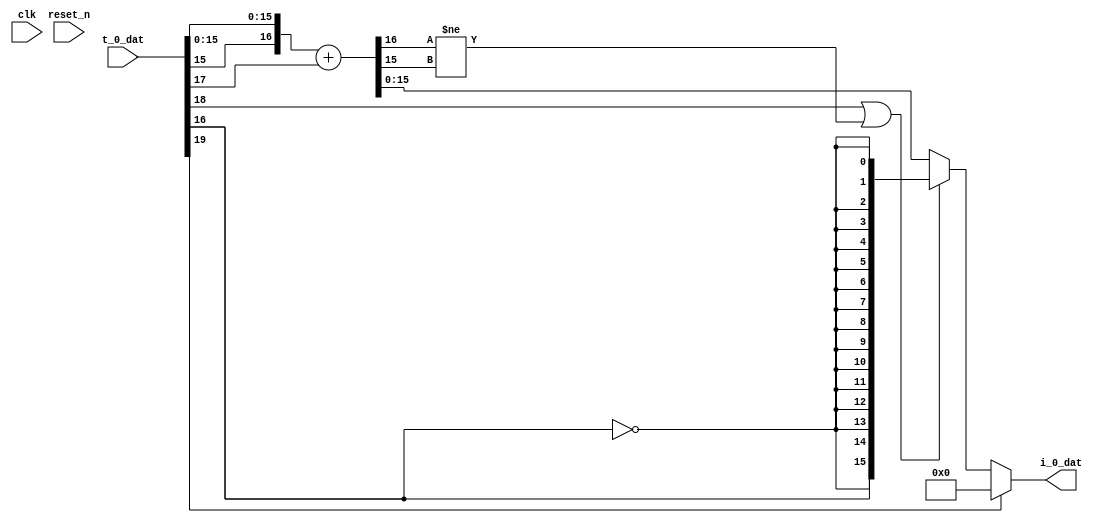

module round_sat_dat_1_1 #(
    parameter T_0_DAT_WIDTH = 20,
    parameter I_0_DAT_WIDTH = 16
) (
    input        [T_0_DAT_WIDTH - 1 : 0] t_0_dat,
    output reg [I_0_DAT_WIDTH - 1 : 0] i_0_dat,
    input clk, reset_n
);

// Data processing
wire    [15:0] shift_data;   // shifted data
wire           pre_sat;      // preliminary saturation detection
wire           round_flag;   // rounding detection
wire    [16:0] rounded_data; // rounded data


wire  t_0_dat_sign;
assign t_0_dat_sign = t_0_dat[T_0_DAT_WIDTH-4];

wire  negative_flag; // if the number is negative and the saturation is positive
assign negative_flag = t_0_dat[T_0_DAT_WIDTH-1];

assign shift_data = t_0_dat[T_0_DAT_WIDTH-5:0];

assign pre_sat = t_0_dat[T_0_DAT_WIDTH-2];

assign round_flag = t_0_dat[T_0_DAT_WIDTH-3];

// Rounding process
assign rounded_data = {shift_data[15], shift_data} + { 16'h0000, round_flag};

// Saturation process
always @*
    if(negative_flag)
        i_0_dat = 0;
    else
        if ((pre_sat == 1'b1) || (rounded_data[16] != rounded_data[15]))
            i_0_dat = { {I_0_DAT_WIDTH - 15{t_0_dat_sign}}, {15{~t_0_dat_sign}} };
        else
            i_0_dat = { {I_0_DAT_WIDTH - 16{rounded_data[15]}}, rounded_data[15:0]};
   

endmodule